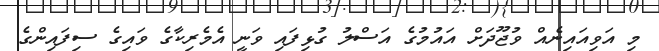
މި އަވިއައިނެއް ވުޖޫދަށް އައުމުގެ އަސްލު ގުޅިފައި ވަނީ އެމެރިކާގެ ވައިގެ ސިފައިންގެ